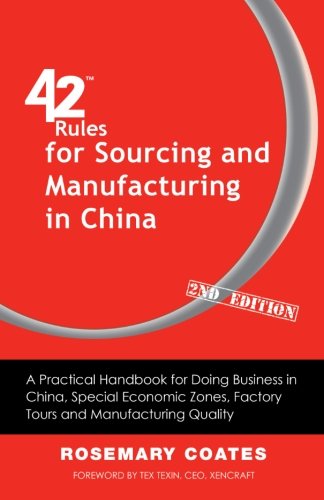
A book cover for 42 Rules for Sourcing and Manufacturing in China (2nd Edition): A Practical Handbook for Doing Business in China, Special Economic Zones, Factory Tours and Manufacturing Quality; Rosemary Coates; Business & Money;